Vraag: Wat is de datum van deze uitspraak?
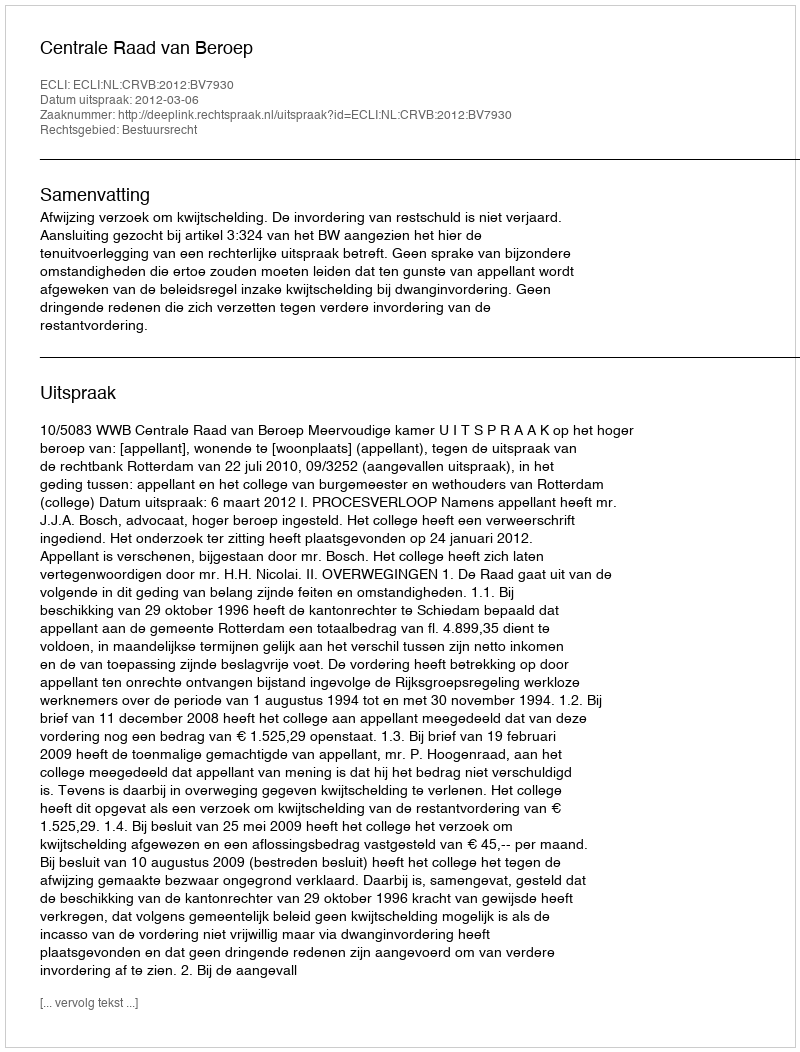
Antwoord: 2012-03-06